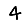
Digit: 4